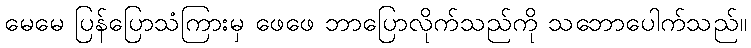
မေမေ ပြန်ပြောသံကြားမှ ဖေဖေ ဘာပြောလိုက်သည်ကို သဘောပေါက်သည်။